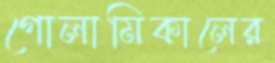
গোলামিকালের